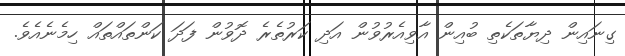
ގިނައިން ދިޔާތަކެތި ބުއިން އާވިއެރުވުން އަދި ކަރުތެރެ ދޮވުން ފަދަ ކަންތައްތައް ހިމެނެއެވެ.